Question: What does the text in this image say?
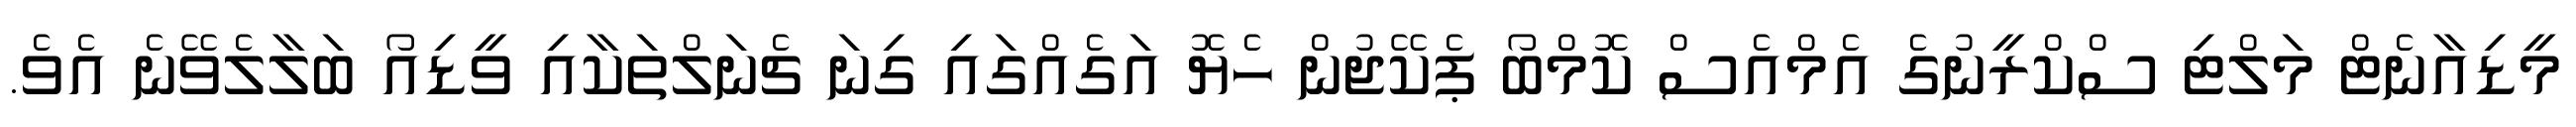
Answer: މީޑިއާނެޓް މަލްޓި ސްކްރީނުގެ އެމްއެސް ކޮމްބޯ ޕެކޭޖުން ހެޔޮ އަގެއްގައި ގިނަ ޗެނަލްތަކާއި ވީޑިއޯ ބަލާލެވޭނެ އެވެ.